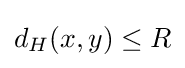
d_{H}(x,y)\leq R